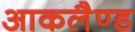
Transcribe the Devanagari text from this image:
आकलैण्ड